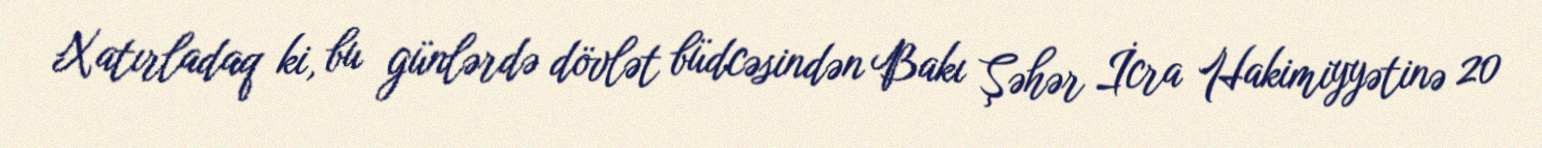
Xatırladaq ki, bu günlərdə dövlət büdcəsindən Bakı Şəhər İcra Hakimiyyətinə 20